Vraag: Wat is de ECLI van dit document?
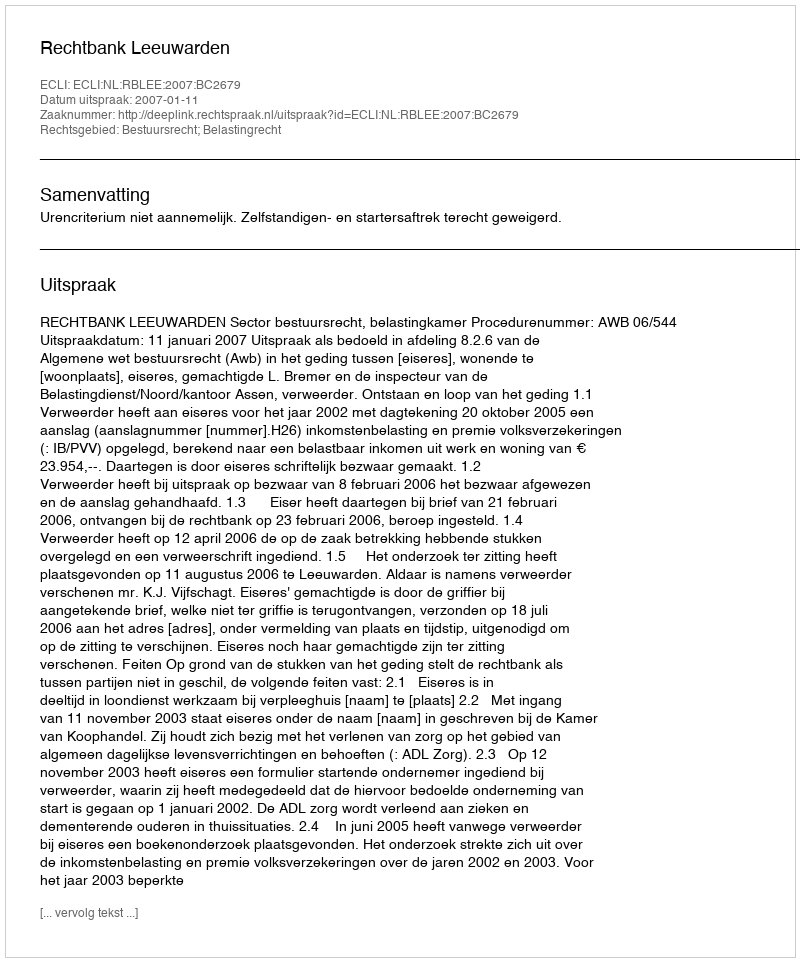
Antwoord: ECLI:NL:RBLEE:2007:BC2679